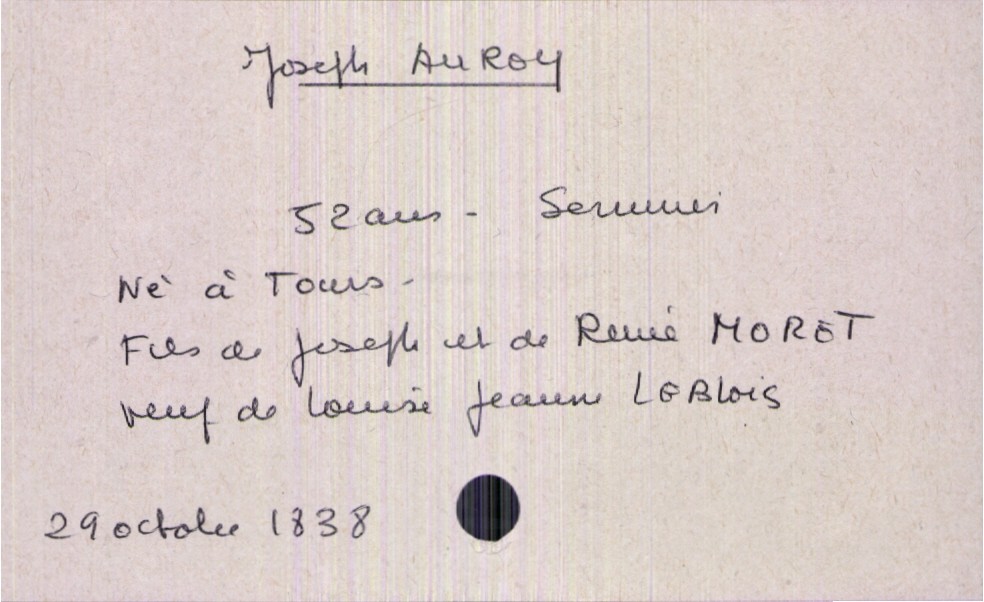
type_acte: Décès
année: 1838
mois: octobre
jour: 29
défunt_nom: Auroy
défunt_prénom: Jospeh
défunt_sexe: H
défunt_âge: 52 ans
défunt_profession: serrurier
défunt_lieu_de_naissance: Tours
défunt_statut: veuf(ve)
père_défunt_nom: Auroy
père_défunt_prénom: Joseph
mère_défunt_nom: Moret
mère_défunt_prénom: Renée